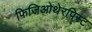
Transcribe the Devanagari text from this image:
फिजिओथेरपिस्ट